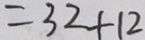
= 3 2 + 1 2